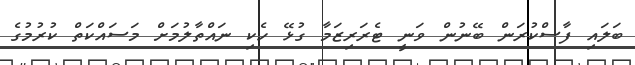
ބަލައި ފާސްކުރަން ބޭނުން ވަނީ ޓެރަރިޒަމާ ގުޅޭ ހެކި ނައްތާލުމަށް މަސައްކަތް ކުރުމުގެ